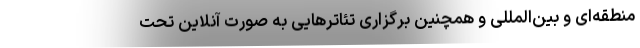
منطقه‌ای و بین‌المللی و همچنین برگزاری تئاترهایی به صورت آنلاین تحت